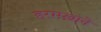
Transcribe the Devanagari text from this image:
हरमख़ाने